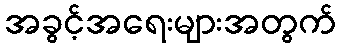
အခွင့်အရေးများအတွက်